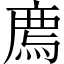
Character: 廌